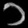
Digit: ၁